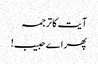
آیت کا ترجمہ
پھر اے حبیب!